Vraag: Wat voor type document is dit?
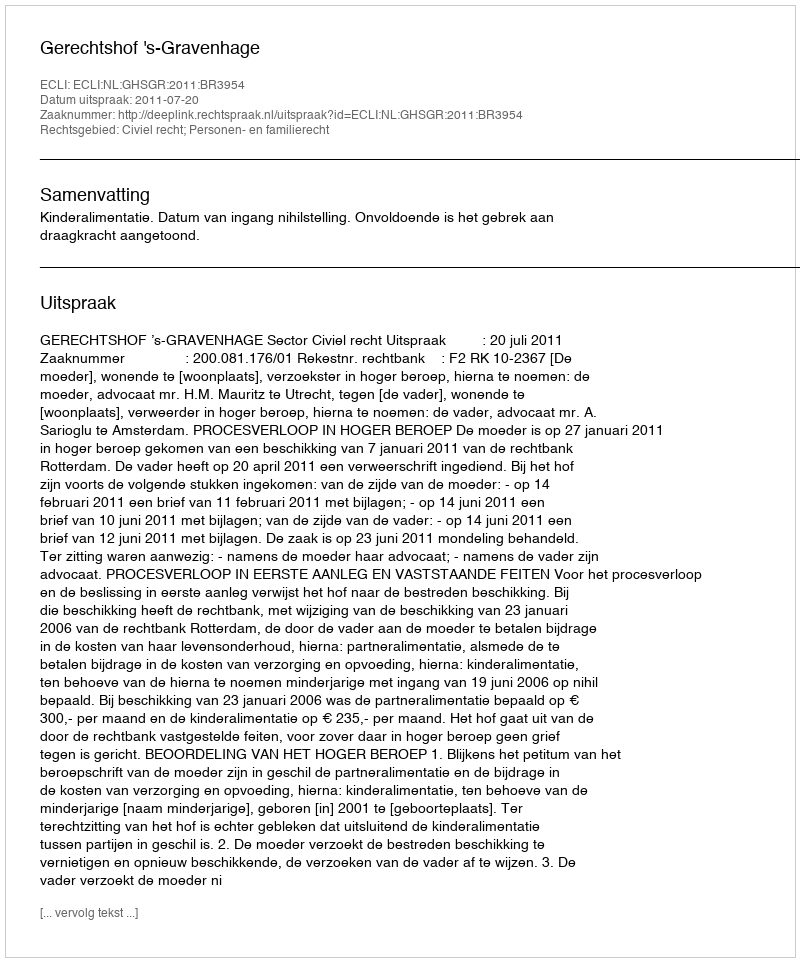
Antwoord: Uitspraak